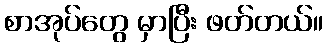
စာအုပ်တွေ မှာပြီး ဖတ်တယ်။